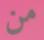
من